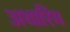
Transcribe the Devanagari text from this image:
अथारिंग